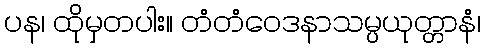
ပန၊ ထိုမှတပါး။ တံတံဝေဒနာသမ္ပယုတ္တာနံ၊